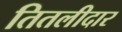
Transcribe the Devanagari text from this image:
तितलीदार